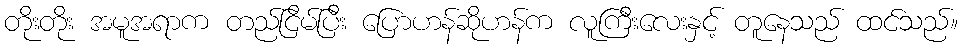
တိုးတိုး အမူအရာက တည်ငြိမ်ပြီး ပြောဟန်ဆိုဟန်က လူကြီးလေးနှင့် တူနေသည် ထင်သည်။